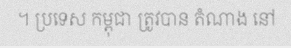
។ ប្រទេស កម្ពុជា ត្រូវបាន តំណាង នៅ